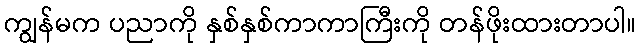
ကျွန်မက ပညာကို နှစ်နှစ်ကာကာကြီးကို တန်ဖိုးထားတာပါ။